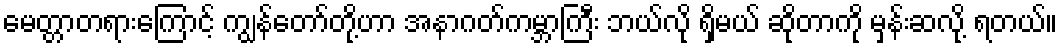
မေတ္တာတရားကြောင့် ကျွန်တော်တို့ဟာ အနာဂတ်ကမ္ဘာကြီး ဘယ်လို ရှိမယ် ဆိုတာကို မှန်းဆလို့ ရတယ်။